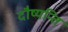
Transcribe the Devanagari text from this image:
दौष्यन्ति